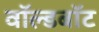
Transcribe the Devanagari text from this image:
वॉल्डबॉट